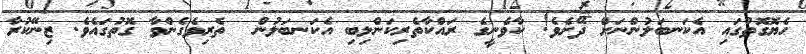
ހެޔޮގޮތުގައި އެކަނބަލުންނަށް ދޭށެވެ! ކާވެނީގެ ރައްކާތެރިކަންލިބި އެކަނބަލުން  ތެރިވެގެންވާ ގޮތުގައެވެ. ޒިނޭކުރާ